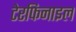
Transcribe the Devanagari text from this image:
टेरफिनाइल